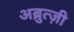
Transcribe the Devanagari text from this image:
अब्रुत्ज़ी